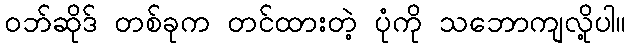
ဝဘ်ဆိုဒ် တစ်ခုက တင်ထားတဲ့ ပုံကို သဘောကျလို့ပါ။